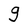
Character: g